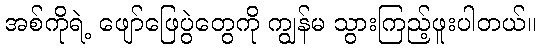
အစ်ကိုရဲ့ ဖျော်ဖြေပွဲတွေကို ကျွန်မ သွားကြည့်ဖူးပါတယ်။